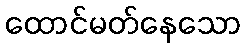
ထောင်မတ်နေသော